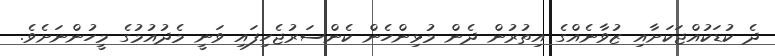
ދެ ކުޑަކުއްޖަކަށާއި ޒުވާނެއްގެ އިތުރުން ދެން މުޅިންހެން ކެންސަރުޖެހިފައި ވަނީ މެދުއުމުގެ މީހުންނަށެވެ.